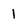
Character: 1